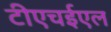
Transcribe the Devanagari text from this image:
टीएचईएल